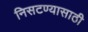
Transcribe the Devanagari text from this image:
निसटण्यासाठी